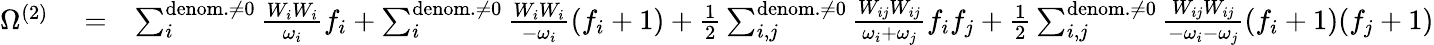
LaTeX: \begin{array}{rlr}{\Omega^{(2)}}&{{}=}&{\sum_{i}^{\mathrm{denom.}\neq 0}\frac{W_{i}W_{i}}{\omega_{i}}f_{i}+\sum_{i}^{\mathrm{denom.}\neq 0}\frac{W_{i}W_{i}}{-\omega_{i}}(f_{i}+1)+\frac{1}{2}\sum_{i,j}^{\mathrm{denom.}\neq 0}\frac{W_{ij}W_{ij}}{\omega_{i}+\omega_{j}}f_{i}f_{j}+\frac{1}{2}\sum_{i,j}^{\mathrm{denom.}\neq 0}\frac{W_{ij}W_{ij}}{-\omega_{i}-\omega_{j}}(f_{i}+1)(f_{j}+1)}\end{array}